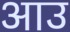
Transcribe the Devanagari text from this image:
आउ